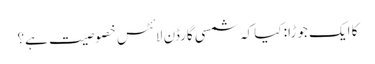
کا ایک جوڑا: کیا کہ شمسی گارڈن لائٹس خصوصیت ہے؟